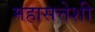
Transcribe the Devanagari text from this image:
महासत्तेशी